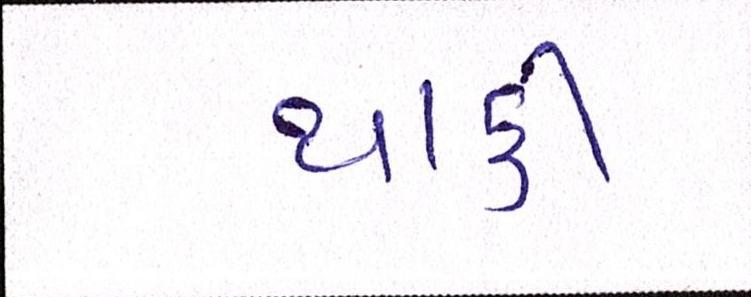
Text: થાકી